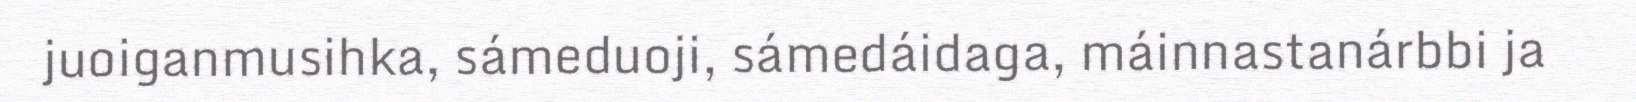
juoiganmusihka, sámeduoji, sámedáidaga, máinnastanárbbi ja